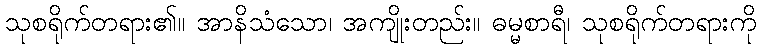
သုစရိုက်တရား၏။ အာနိသံသော၊ အကျိုးတည်း။ ဓမ္မစာရီ၊ သုစရိုက်တရားကို